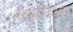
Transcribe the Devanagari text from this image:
ज्युलिअन